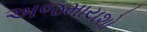
અજમાયશો